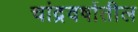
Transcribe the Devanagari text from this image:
चांद्रवर्षातील